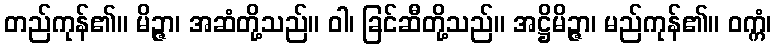
တည်ကုန်၏။ မိဉ္ဇာ၊ အဆံတို့သည်။ ဝါ၊ ခြင်ဆီတို့သည်။ အဋ္ဌိမိဉ္ဇာ၊ မည်ကုန်၏။ ဝက္ကံ၊